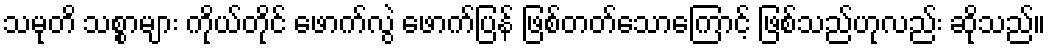
သမုတိ သစ္စာများ ကိုယ်တိုင် ဖောက်လွဲ ဖောက်ပြန် ဖြစ်တတ်သောကြောင့် ဖြစ်သည်ဟုလည်း ဆိုသည်။